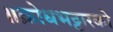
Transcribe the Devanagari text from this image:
॥क्रोधभट्टारको